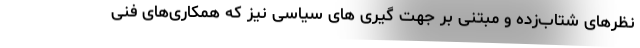
نظرهای شتاب‌زده و مبتنی بر جهت گیری های سیاسی نیز که همکاری‌های فنی